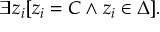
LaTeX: \exists z _ { i } [ z _ { i } = C \land z _ { i } \in \Delta ] .